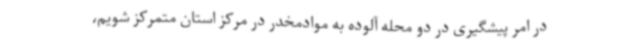
در امر پیشگیری در دو محله آلوده به موادمخدر در مرکز استان متمرکز شویم،